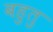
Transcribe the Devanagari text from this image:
बहुतु